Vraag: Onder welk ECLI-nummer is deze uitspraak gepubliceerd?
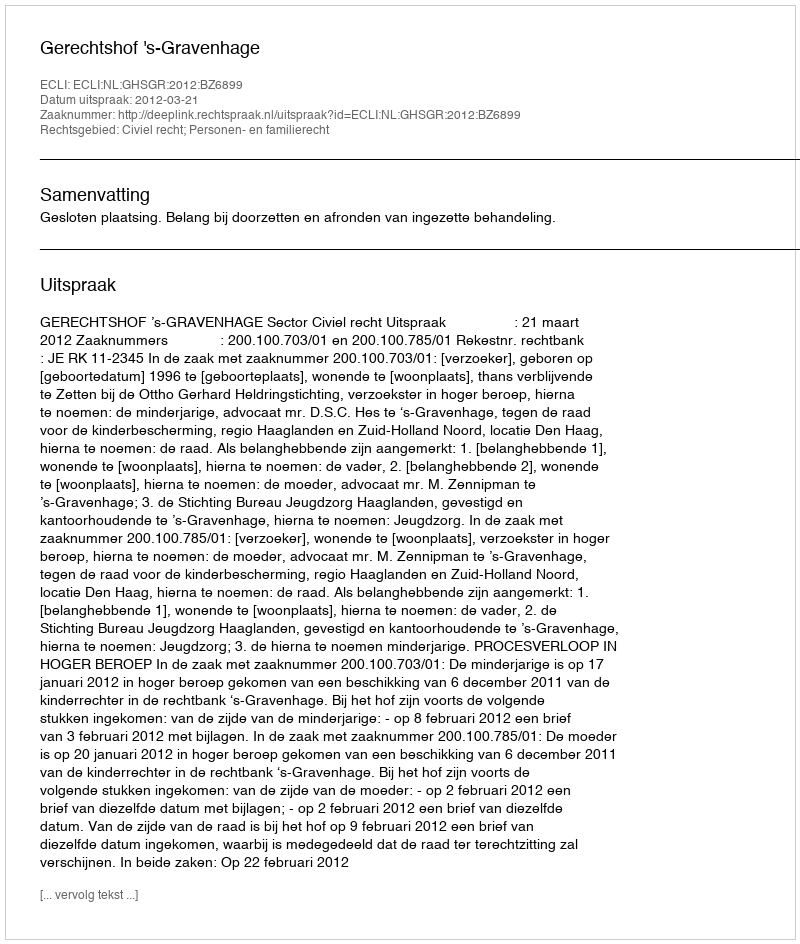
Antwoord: ECLI:NL:GHSGR:2012:BZ6899